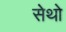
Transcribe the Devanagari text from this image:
सेथो